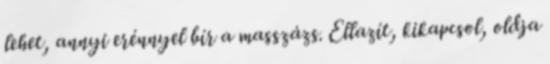
lehet, annyi erénnyel bír a masszázs. Ellazít, kikapcsol, oldja